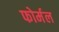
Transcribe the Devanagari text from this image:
फोर्मल